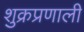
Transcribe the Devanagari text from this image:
शुक्रप्रणाली